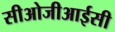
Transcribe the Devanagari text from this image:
सीओजीआईसी